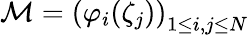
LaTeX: {\mathcal{M}}=\left(\varphi_{i}(\zeta_{j})\right)_{1\leq i,j\leq N}